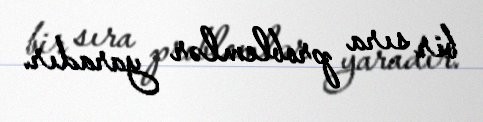
bir sıra problemlər yaradır.